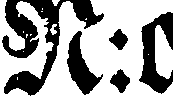
N:o